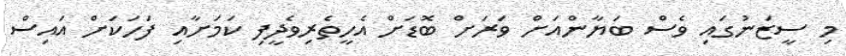
މި ސީޒަނުގައި ވެސް ބަޔާންއަށް ވަރަށް ބޮޑަށް އެހީތެރިވެދީފި ކަމަށާއި ފަހަކަށް އައިސް